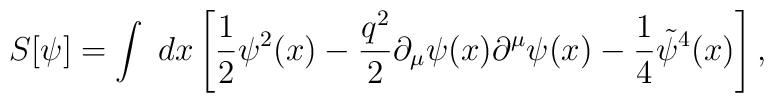
S[\psi]= \int\; dx\left[\frac12 \psi^2(x)-\frac{q^2}{2}\partial_\mu \psi(x)\partial^\mu \psi(x) -\frac14\tilde{\psi}^4(x) \right],